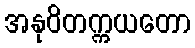
အနုဝိတက္ကယတော